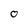
Character: o